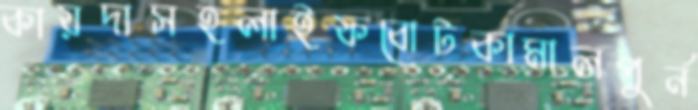
কায়দাসহলাইফবোটকামালপুর্ন